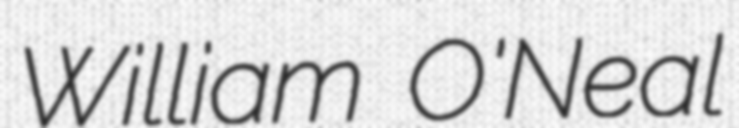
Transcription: William O'Neal